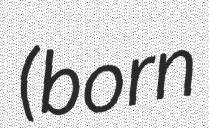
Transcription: (born